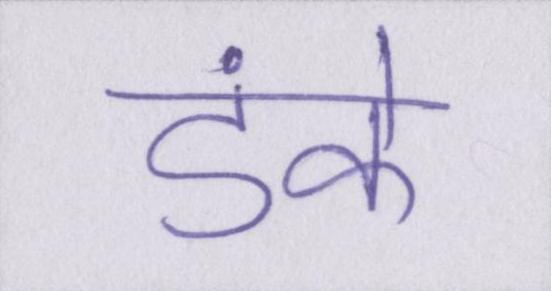
डंके